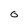
Character: 0